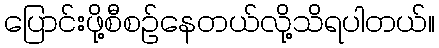
ပြောင်းဖို့စီစဉ်နေတယ်လို့သိရပါတယ်။